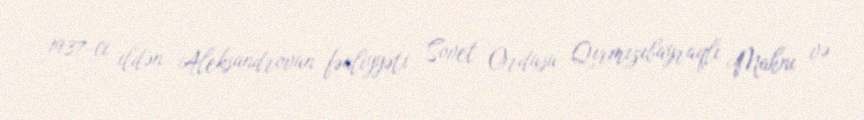
1937-ci ildən Aleksandrovun fəaliyyəti Sovet Ordusu Qırmızıbayraqlı Mahnı və